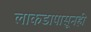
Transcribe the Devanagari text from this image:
लाकडापासूनही